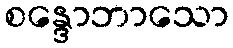
စန္ဒောဘာသော